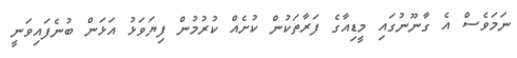
ނަމަވެސް އެ ގާނޫނުގައި މީޑިއާގެ ފަރާތަކުން ކުށެއް ކުރުމުން ފިޔަވަޅު އަޅަން ބުނެފައިވަނީ